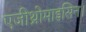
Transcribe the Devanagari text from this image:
एजीथ्रोमाइसिन।